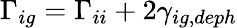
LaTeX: \Gamma_{ig}=\Gamma_{ii}+2\gamma_{ig,deph}